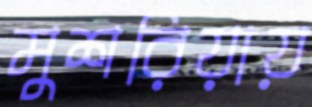
মুশরিয়ায়